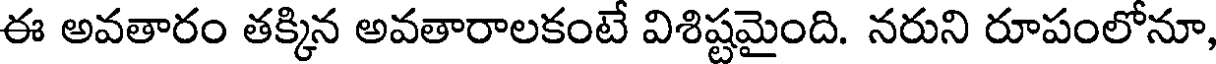
ఈ అవతారం తక్కిన అవతారాలకంటే విశిష్టమైంది. నరుని రూపంలోనూ,